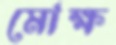
মোক্ষ